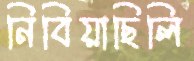
নিবিয়াছিলি